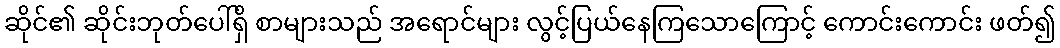
ဆိုင်၏ ဆိုင်းဘုတ်ပေါ်ရှိ စာများသည် အရောင်များ လွင့်ပြယ်နေကြသောကြောင့် ကောင်းကောင်း ဖတ်၍